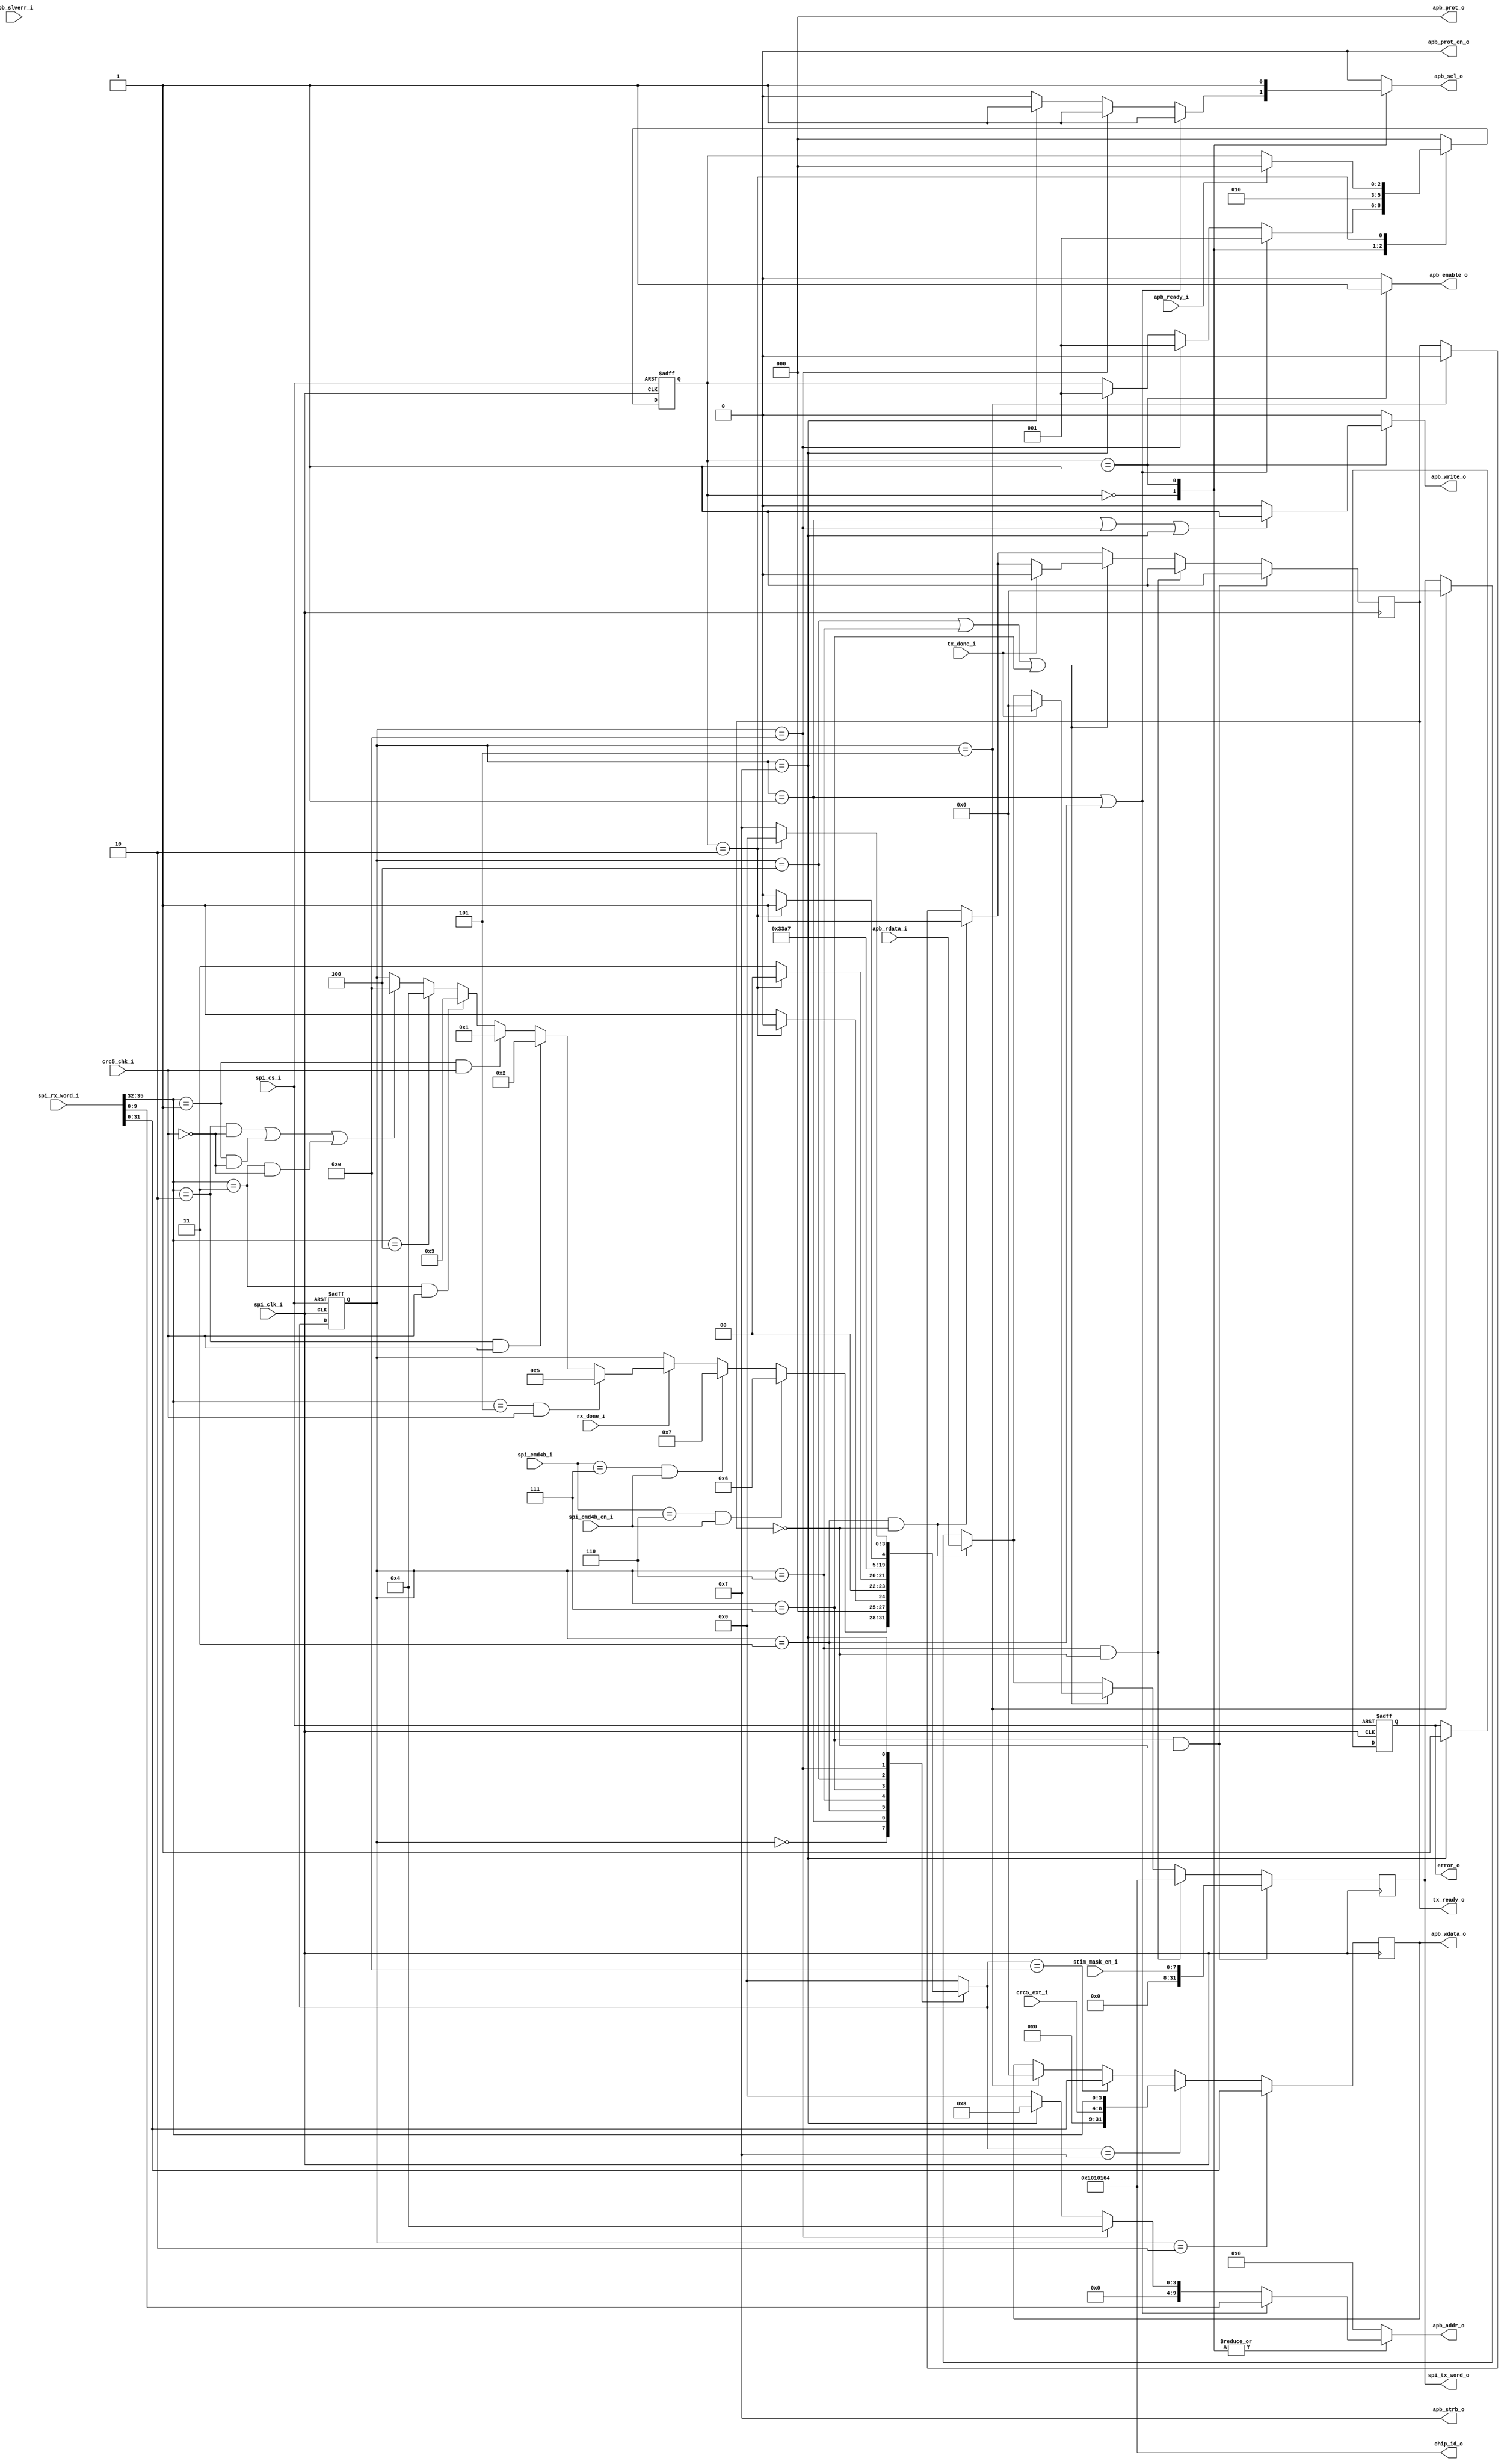
/* icglue keep begin head */
/*
 * Module      : spi_custom_logic
 * Project Name: W_ICONS
 * Company     : Blackrock Neurotech
 */
/* icglue keep end */
`timescale 1ns/1ps

module spi_custom_logic (
    spi_clk_i,
    spi_cs_i,
    apb_addr_o,
    apb_sel_o,
    apb_enable_o,
    apb_wdata_o,
    apb_write_o,
    apb_strb_o,
    apb_rdata_i,
    apb_ready_i,
    apb_slverr_i,
    apb_prot_o,
    apb_prot_en_o,
    chip_id_o,
    stim_mask_en_i,
    spi_rx_word_i,
    rx_done_i,
    spi_tx_word_o,
    tx_ready_o,
    crc5_chk_i,
    tx_done_i,
    crc5_ext_i,
    spi_cmd4b_i,
    spi_cmd4b_en_i,
    error_o
);

    parameter TX_WIDTH = 36;
    /* icglue keep begin parameters *//* icglue keep end */

    input                 spi_clk_i;
    input                 spi_cs_i;
    output          [9:0] apb_addr_o;
    output                apb_sel_o;
    output                apb_enable_o;
    output         [31:0] apb_wdata_o;
    output                apb_write_o;
    output          [3:0] apb_strb_o;
    input          [31:0] apb_rdata_i;
    input                 apb_ready_i;
    input                 apb_slverr_i;
    output          [2:0] apb_prot_o;
    output                apb_prot_en_o;
    output         [31:0] chip_id_o;
    input           [7:0] stim_mask_en_i;
    input  [TX_WIDTH-1:0] spi_rx_word_i;
    input                 rx_done_i;
    output         [31:0] spi_tx_word_o;
    output                tx_ready_o;
    input                 crc5_chk_i;
    input                 tx_done_i;
    input           [4:0] crc5_ext_i;
    input           [3:0] spi_cmd4b_i;
    input                 spi_cmd4b_en_i;
    output                error_o;
    /* icglue keep begin declarations */
    
    ////////////////////////////////////////////////////////////////////////
    // SPI FSM
    localparam                   STATE_WIDTH              = 4;
    localparam [STATE_WIDTH-1:0] S_IDLE                   = 4'b0000; //'h0
    localparam [STATE_WIDTH-1:0] S_CMD_WR_ADD             = 4'b0001; //'h1
    localparam [STATE_WIDTH-1:0] S_CMD_WR_DATA            = 4'b0010; //'h2
    localparam [STATE_WIDTH-1:0] S_CMD_RD_ADD             = 4'b0011; //'h3
    localparam [STATE_WIDTH-1:0] S_CMD_RD_DATA            = 4'b0100; //'h4
    localparam [STATE_WIDTH-1:0] S_CONFIG                 = 4'b0101; //'h5
    localparam [STATE_WIDTH-1:0] S_CHIP_ID                = 4'b0110; //'h6
    localparam [STATE_WIDTH-1:0] S_STIM_ST                = 4'b0111; //'h7
    localparam [STATE_WIDTH-1:0] S_CRC5_ERROR1            = 4'b1110; //'h14 this commands used internally and the user has no access to it
    localparam [STATE_WIDTH-1:0] S_CRC5_ERROR2            = 4'b1111; //'h15 this commands used internally and the user has no access to it
    
    reg [STATE_WIDTH-1:0] state, nxt_state;
    reg [9:0]             apb_address;
    reg [3:0]             apb_strb;
    reg [31:0]            apb_wdata;
    reg                   apb_enable;
    reg                   apb_write;
    reg                   apb_sel;
    reg [31:0]            spi_tx_word_o;
    reg                   tx_ready_o;
    wire [3:0]            spi_cmd;
    reg                   error_o;


    


    //FSM2: APB signaling
    localparam S_APB_ADDR_W                           = 3;
    localparam [S_APB_ADDR_W-1:0] S_APB_IDLE          = 'h0;
    localparam [S_APB_ADDR_W-1:0] S_APB_SETUP         = 'h1;
    localparam [S_APB_ADDR_W-1:0] S_APB_ACCESS        = 'h2;
    reg        [S_APB_ADDR_W-1:0] apb_state;
    reg        [S_APB_ADDR_W-1:0] next_apb_state;

    

    //this attribute should come right before state variable usage: it is for covered
    /*(*covered_fsm, spi, is="state", os="nxt_state",
                           trans="S_IDLE->S_CONFIG",
                           trans="S_IDLE->S_CMD_WR_DATA",
                           trans="S_IDLE->S_CMD_WR_DATA",
                           trans="S_IDLE->S_CMD_WR_ADD",
                           trans="S_IDLE->S_CMD_RD_ADD",
                           trans="S_IDLE->S_CMD_RD_DATA",
                           trans="S_IDLE->S_CRC5_ERROR1",
                           trans="S_IDLE->S_CHIP_ID",
                           trans="S_IDLE->S_STIM_ST",
                           trans="S_IDLE->S_IDLE",
                           trans="S_CMD_WR_ADD->S_IDLE",
                           trans="S_CMD_WR_ADD->S_CMD_WR_ADD",
                           trans="S_CMD_WR_DATA->S_IDLE",
                           trans="S_CONFIG->S_IDLE",
                           trans="S_CMD_RD_ADD->S_IDLE",
                           trans="S_CMD_RD_ADD->S_CMD_RD_ADD",
                           trans="S_CHIP_ID->S_CHIP_ID",
                           trans="S_STIM_ST->S_STIM_ST",
                           trans="S_CMD_RD_DATA->S_CMD_RD_DATA",
                           trans="S_CRC5_ERROR1->S_CRC5_ERROR2",
                           trans="S_CRC5_ERROR1->S_CRC5_ERROR1",
                           trans="S_CRC5_ERROR2->S_CRC5_ERROR2",
                           trans="S_CRC5_ERROR2->S_IDLE"
                           *)*/
    //FSM1: CMD Decodign
    always @(posedge spi_clk_i or posedge spi_cs_i) begin
        if(spi_cs_i) begin
            state         <= S_IDLE;
            error_o       <= 1'b0;
        end else begin
            state       <= nxt_state;
            if(state == S_CRC5_ERROR2) begin
                error_o       <= 1'b1;
            end
        end
    end

    assign spi_cmd = spi_rx_word_i[35:32];
    

    

    //add a case when CRC5 doesn't match
    always @(*) begin
        nxt_state = state;
        
        case(state)
            S_IDLE: begin
                if (rx_done_i == 1'b1) begin
                    if ( ( spi_cmd == S_CONFIG) && (crc5_chk_i==1'b1) ) begin
                        nxt_state = S_CONFIG;
                    
                    end else if ( (spi_cmd == S_CMD_WR_DATA) && (crc5_chk_i==1'b1) ) begin
                        nxt_state = S_CMD_WR_DATA;
                    end else if ( (spi_cmd == S_CMD_WR_ADD) && (crc5_chk_i==1'b1) ) begin
                        nxt_state = S_CMD_WR_ADD;
                    end else if ( (spi_cmd == S_CMD_RD_ADD) && (crc5_chk_i==1'b1) ) begin
                        nxt_state = S_CMD_RD_ADD;
                    end else if ( (spi_cmd == S_CMD_RD_DATA) ) begin
                        nxt_state = S_CMD_RD_DATA;
                    end else if ( ((spi_cmd == S_CMD_WR_DATA) && (crc5_chk_i==1'b0)) || ((spi_cmd == S_CMD_WR_ADD) && (crc5_chk_i==1'b0)) || ((spi_cmd == S_CMD_RD_ADD) && (crc5_chk_i==1'b0)) ) begin
                        nxt_state = S_CRC5_ERROR1;
                    end
                end  

                if ( ( spi_cmd4b_i == S_CHIP_ID) && (spi_cmd4b_en_i==1'b1) ) begin
                    nxt_state = S_CHIP_ID;   
                end else if ( ( spi_cmd4b_i == S_STIM_ST) && (spi_cmd4b_en_i==1'b1) ) begin
                    nxt_state = S_STIM_ST;  
                end
            end
           
            S_CMD_WR_ADD: begin
                if (apb_state == S_APB_ACCESS) begin    
                    nxt_state   = S_IDLE;
                end else begin
                    nxt_state   = S_CMD_WR_ADD;
                end
            end

            S_CMD_WR_DATA: begin
                nxt_state   = S_IDLE;
            end

            S_CONFIG: begin
                nxt_state   = S_IDLE;
            end
            
            S_CMD_RD_ADD: begin
                if (apb_state == S_APB_ACCESS) begin 
                    nxt_state   = S_IDLE;
                end else begin
                    nxt_state   = S_CMD_RD_ADD;
                end
            end

            S_CHIP_ID: begin
                nxt_state   = S_CHIP_ID;
            end

            S_STIM_ST: begin
                nxt_state   = S_STIM_ST;
            end

            S_CMD_RD_DATA: begin
                nxt_state   = S_CMD_RD_DATA;
            end

            S_CRC5_ERROR1: begin
                if (apb_state == S_APB_ACCESS) begin 
                    nxt_state   = S_CRC5_ERROR2;
                end else begin
                    nxt_state   = S_CRC5_ERROR1;
                end
            end


            S_CRC5_ERROR2: begin
                if (apb_state == S_APB_ACCESS) begin 
                    nxt_state   = S_IDLE;
                end else begin
                    nxt_state   = S_CRC5_ERROR2;
                end
            end
            
            default: nxt_state = S_IDLE;       
        endcase
    end

    //this attribute should come right before state variable usage
    /*(*covered_fsm, apb, is="apb_state", os="next_apb_state",
                           trans  ="S_APB_IDLE->S_APB_SETUP",
                           trans  ="S_APB_SETUP->S_APB_ACCESS",
                           trans  ="S_APB_ACCESS->S_APB_IDLE",
                           trans  ="S_APB_IDLE->S_APB_IDLE" *)*/

    always @(posedge spi_clk_i or posedge spi_cs_i) begin
        if(spi_cs_i) begin
            apb_state       <=  S_APB_IDLE;  
        end else begin
            apb_state       <= next_apb_state;
        end
    end
    
   
    always @(*) begin
        apb_sel     = 1'b0; 
        apb_enable  = 1'b0;
        apb_write   = 1'b0;
        apb_strb    = 4'b1111;
        apb_address = 10'h000;
        
        // next state logic:
        next_apb_state = apb_state;
        case (apb_state)
            S_APB_IDLE: begin
                if ( (state == S_CMD_WR_ADD) || (state == S_CMD_RD_ADD) ) begin
                    next_apb_state = S_APB_SETUP;
                    apb_sel        = 1'b1;     // apb enters the Setup mode
                    apb_address    = spi_rx_word_i[9:0];
                end else if (state == S_CRC5_ERROR1) begin
                    next_apb_state = S_APB_SETUP;
                    apb_sel        = 1'b1;     // apb enters the Setup mode
                    apb_address    = 10'h004;
                end else if (state == S_CRC5_ERROR2) begin
                    next_apb_state = S_APB_SETUP;
                    apb_sel        = 1'b1;     // apb enters the Setup mode
                    apb_address    = 10'h008;
                end
            
            end
             S_APB_SETUP: begin
                next_apb_state = S_APB_ACCESS;
                apb_sel     = 1'b1;
                apb_enable  = 1'b1;
                
                if ( (state == S_CMD_WR_ADD) || (state == S_CMD_RD_ADD) ) begin
                    apb_address = spi_rx_word_i[9:0];   
                end else if (state == S_CRC5_ERROR1) begin
                    apb_address    = 10'h004;
                end else if (state == S_CRC5_ERROR2) begin
                    apb_address    = 10'h008;
                end
                
                if ((state == S_CMD_WR_ADD) || (state == S_CRC5_ERROR1) || (state == S_CRC5_ERROR2)) begin
                    apb_write   = 1'b1;      // enable only for write operation
                end
            end
            S_APB_ACCESS: begin
                if (apb_ready_i) begin
                    next_apb_state = S_APB_IDLE;
                    apb_sel     = 1'b0; 
                    apb_enable  = 1'b0;
                    apb_write   = 1'b0;  
                end
            end
            default: next_apb_state = S_APB_IDLE;
        endcase
    end
    
    always @(posedge spi_clk_i) begin
        begin    //add the reset for apb_address later
            
            //reun the configuration to reset the SPI internal registers
            if (state == S_CONFIG) begin
                apb_wdata      <= 'b0;
                spi_tx_word_o  <= 'b0;
                tx_ready_o     <= 'b0;
                //add other registers if required to be reset
            end

            //Error operation
            if (nxt_state == S_CRC5_ERROR1) begin  //use nxt_state to aliign the apb_wdata to apb_sel
                apb_wdata    <= spi_rx_word_i[31:0];
            end

            if (nxt_state == S_CRC5_ERROR2) begin  //use nxt_state to aliign the apb_wdata to apb_sel
                apb_wdata    <= {23'h00000,crc5_ext_i,spi_rx_word_i[35:32]};
            end

            //Write operation
            if (state == S_CMD_WR_DATA) begin    // use state, because apb_wdata was set here but used in S_CMD_WR_ADD
                apb_wdata    <= spi_rx_word_i[31:0];
            end

            //Read Operation
            if ( (state == S_CMD_RD_ADD) && (tx_ready_o == 1'b0) )  begin  
                spi_tx_word_o <= apb_rdata_i;   //send data to spi_slave_common during RD_ADD -> then clean it when RD_DATA finished
                tx_ready_o    <= 1'b1;
            end  

            // when RX_DATA/ CHIP_ID sent out, the follwoing signals are reset
            if ( (state == S_CMD_RD_DATA) || (state == S_CHIP_ID) || (state == S_STIM_ST) ) begin
                if (tx_done_i) begin
                    spi_tx_word_o  <= 'b0;
                    tx_ready_o     <= 'b0;
                end
            end  


            // sending chip ID out
            if ((state == S_CHIP_ID) && (tx_ready_o == 1'b0)) begin
                spi_tx_word_o  <= chip_id_o;
                tx_ready_o     <= 'b1;
            end  

            
            // sending stimulator status
            if ((state == S_STIM_ST) && (tx_ready_o == 1'b0)) begin
                spi_tx_word_o  <= {24'b0,stim_mask_en_i};
                tx_ready_o     <= 'b1;
            end  


        end
    end
    
    assign apb_addr_o   = apb_address;
    assign apb_enable_o = apb_enable;
    assign apb_wdata_o  = apb_wdata;
    assign apb_write_o  = apb_write;
    assign apb_strb_o   = apb_strb;
    assign apb_sel_o    = apb_sel;
    /* icglue keep end */

    assign apb_prot_o = 3'b000;
    assign apb_prot_en_o = 1'b0;
    assign chip_id_o = 32'h01010164;
endmodule